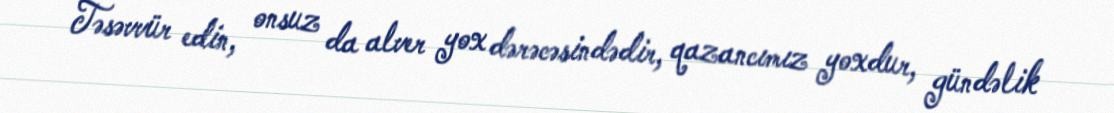
Təsəvvür edin, onsuz da alver yox dərəcəsindədir, qazancımız yoxdur, gündəlik